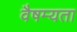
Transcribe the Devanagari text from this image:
वैषम्यता